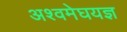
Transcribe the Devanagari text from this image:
अश्वमेघयज्ञ